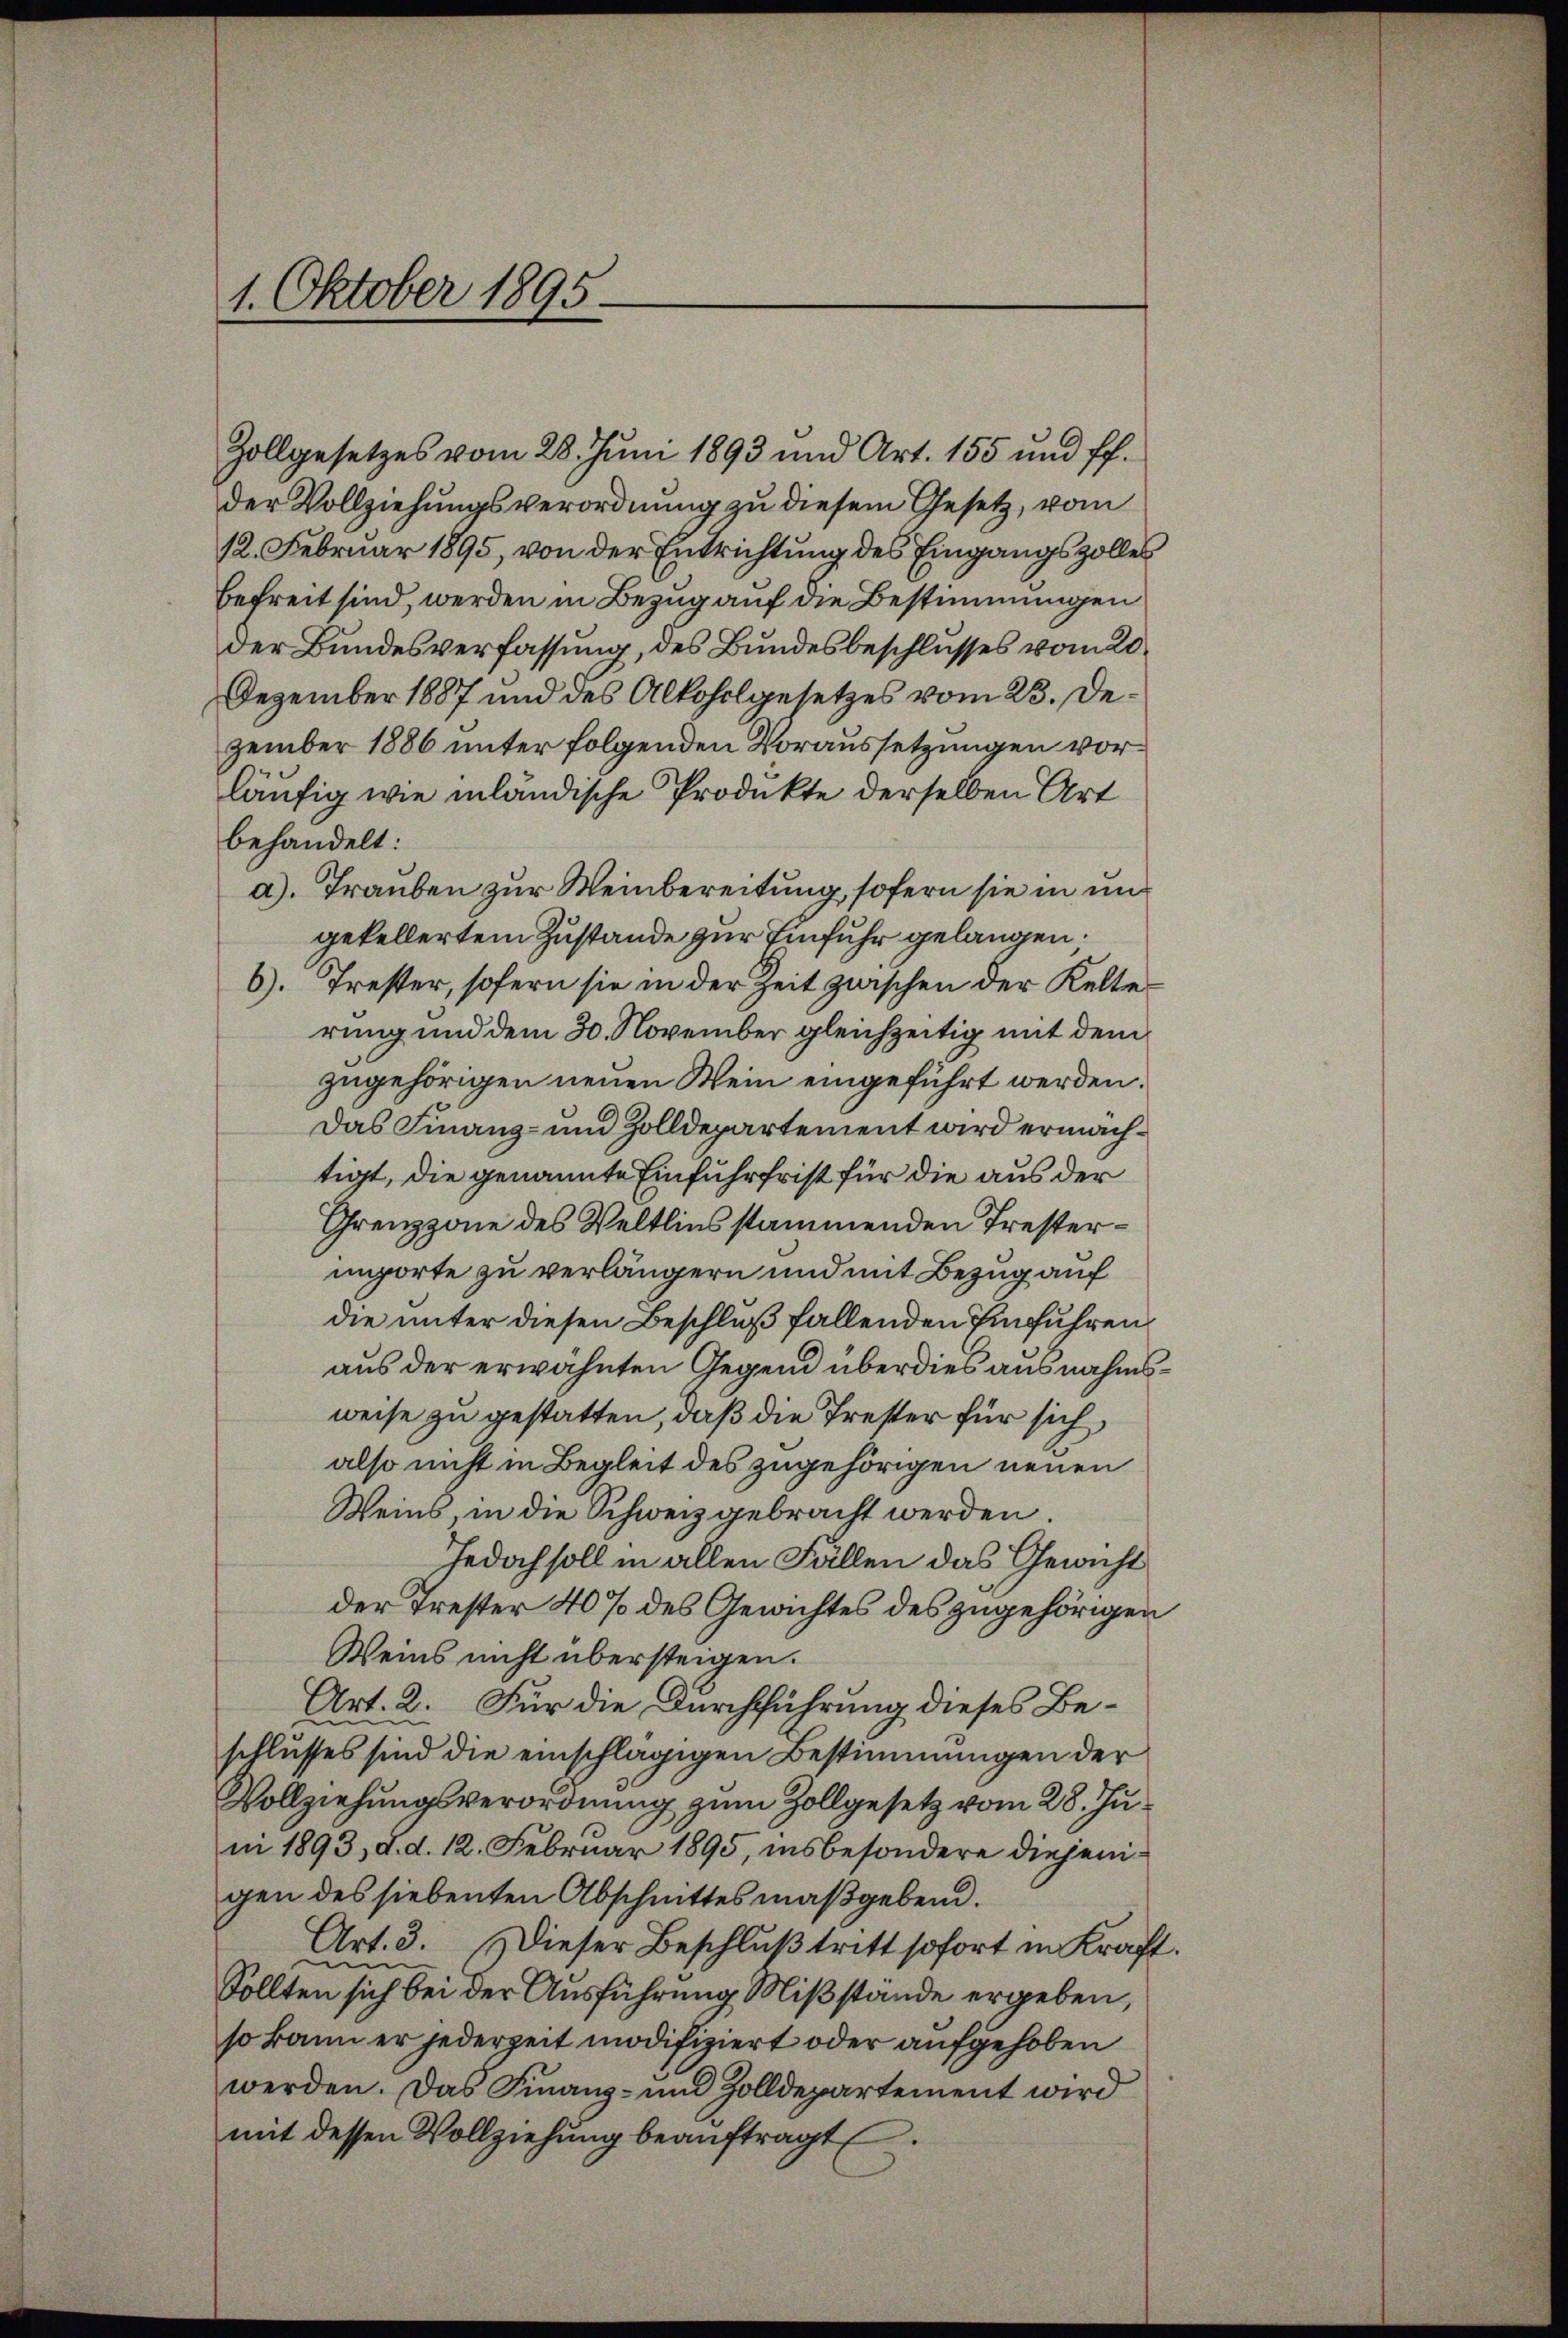
1. Oktober 1895.

Zollgesetzes vom 28. Juni 1893 und Art. 155 und ff.
der Vollziehungsverordnung zu diesem Gesetz, vom
12. Februar 1895, von der Entrichtung des Eingangszolles
befreit sind, werden in Bezug auf die Bestimmungen
der Bundesverfassung, des Bundesbeschlusses vom 20.
Dezember 1887 und des Alkoholgesetzes vom 23. Dezember 1886 unter folgenden Voraussetzungen vorläufig wie inländische Produkte derselben Art
behandelt:
a). Trauben zur Weinbereitung, sofern sie in und
gekellertem Zustande zur Einfuhr gelangen.
6). Trester, sofern sie in der Zeit zwischen der Kelterung und dem 30. November gleichzeitig mit dem
zugehörigen neuen Wein eingeführt werden.
Das Finanz- und Zolldepartement wird ermachtigt, die genannte Einfuhrfrist für die aus der
Grenzzone des Veltlins stammenden Tresterimporte zu verlängern und mit Bezug auf
die unter diesen Beschluß fallenden Einführen
aus der erwähnten Gegend überdies ausnahmsweise zu gestatten, daß die Trester für sich,
also nicht in Begleit des zugehörigen neuen
Weins, in die Schweiz gebracht werden.
Jedoch soll in allen Fällen das Gewicht
der Trester 40% des Gewichtes des zugehörigen
Weins nicht übersteigen.
Art. 2. Für die Durchführung dieses Beschlusses sind die einschlägigen Bestimmungen der
Vollziehungsverordnung zum Zollgesetz vom 28. Juni 1893, d. d. 12. Februar 1895, insbesondere diejenigen des siebenten Abschnittes maßgebend.
Art. 3. Dieser Beschluß tritt sofort in Kraft.
Sollten sich bei der Ausführung Mißstände ergeben,
so kann er jederzeit modifiziert oder aufgehoben
werden. Das Finanz- und Zolldepartement wird
mit dessen Vollziehung beauftragt.